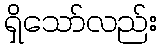
ရှိသော်လည်း